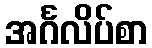
အင်္ဂလိပ်စာ